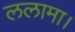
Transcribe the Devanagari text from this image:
ललामा।